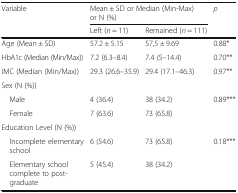
| Variable | <COLSPAN=2> Mean ± SD or Median (Min-Max) or N (%) | p |
 |  | Left (n = 11) | Remained (n = 111) |  |
 | --- | --- | --- | --- |
 | Age (Mean ± SD) | 57.2 ± 5.15 | 57,5 ± 9.69 | 0.88* |
 | HbA1c (Median (Min/Max)) | 7.2 (6.3–8.4) | 7.4 (5–14.4) | 0.70** |
 | IMC (Median (Min/Max)) | 29.3 (26.6–35.9) | 29.4 (17.1–46.3) | 0.97** |
 | Sex (N (%)) |  |  |  |
 | Male | 4 (36.4) | 38 (34.2) | 0.89*** |
 | Female | 7 (63.6) | 73 (65.8) |  |
 | Education Level (N (%)) |  |  |  |
 | Incomplete elementary school | 6 (54.6) | 73 (65.8) | 0.18*** |
 | Elementary school complete to post-graduate | 5 (45.4) | 38 (34.2) |  |